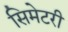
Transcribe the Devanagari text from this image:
सिमेटरी